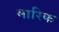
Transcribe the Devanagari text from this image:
मारिक